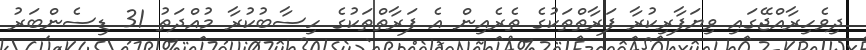
ދިވެހިރާއްޖޭގައި ވިޔަފާރިކުރާ ފަރާތްތަކުގެ ތެރެއިން އެ ފަރާތްތަކުގެ ހިސާބުކުރާ މުއްދަތު 31 ޑިސެންބަރު